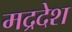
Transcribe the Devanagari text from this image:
मद्रदेश